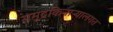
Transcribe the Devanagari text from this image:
समुद्रकिनाऱ्यालगत